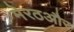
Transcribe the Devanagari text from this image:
मेरठऔर